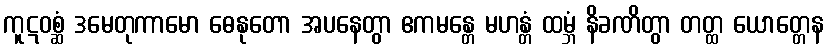
ကူဋဝစ္ဆံ ဒမေတုကာမော ဓေနုတော အပနေတွာ ဧကမန္တေ မဟန္တံ ထမ္ဘံ နိခဏိတွာ တတ္ထ ယောတ္တေန